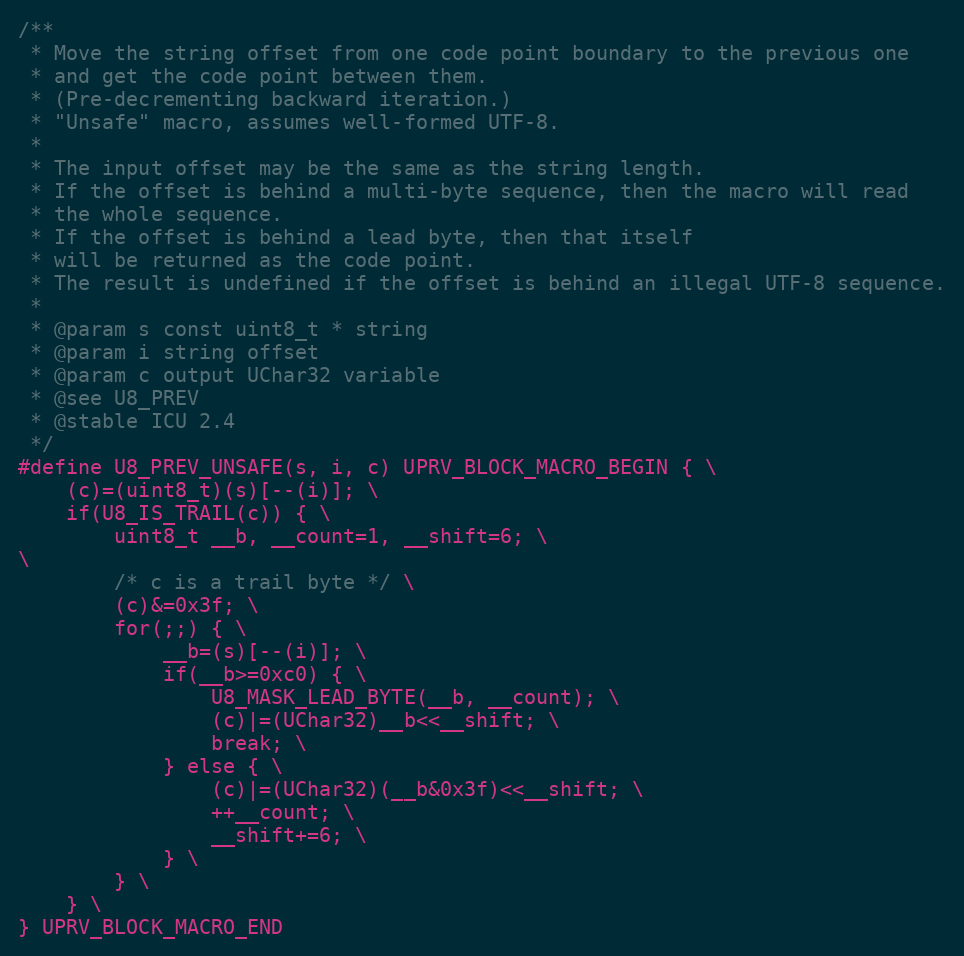
Language: C
/**
 * Move the string offset from one code point boundary to the previous one
 * and get the code point between them.
 * (Pre-decrementing backward iteration.)
 * "Unsafe" macro, assumes well-formed UTF-8.
 *
 * The input offset may be the same as the string length.
 * If the offset is behind a multi-byte sequence, then the macro will read
 * the whole sequence.
 * If the offset is behind a lead byte, then that itself
 * will be returned as the code point.
 * The result is undefined if the offset is behind an illegal UTF-8 sequence.
 *
 * @param s const uint8_t * string
 * @param i string offset
 * @param c output UChar32 variable
 * @see U8_PREV
 * @stable ICU 2.4
 */
#define U8_PREV_UNSAFE(s, i, c) UPRV_BLOCK_MACRO_BEGIN { \
    (c)=(uint8_t)(s)[--(i)]; \
    if(U8_IS_TRAIL(c)) { \
        uint8_t __b, __count=1, __shift=6; \
\
        /* c is a trail byte */ \
        (c)&=0x3f; \
        for(;;) { \
            __b=(s)[--(i)]; \
            if(__b>=0xc0) { \
                U8_MASK_LEAD_BYTE(__b, __count); \
                (c)|=(UChar32)__b<<__shift; \
                break; \
            } else { \
                (c)|=(UChar32)(__b&0x3f)<<__shift; \
                ++__count; \
                __shift+=6; \
            } \
        } \
    } \
} UPRV_BLOCK_MACRO_END